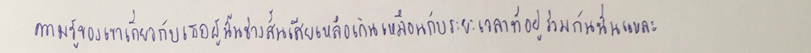
ความรู้ของเขาเกี่ยวกับเธอผู้นั้นช่างสั้นเสียเหลือเกินเหมือนกับระยะเวลาที่อยู่ร่วมกันนั่นแหละ